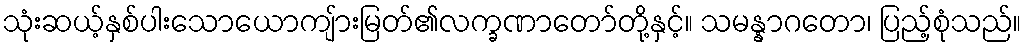
သုံးဆယ့်နှစ်ပါးသောယောကျ်ားမြတ်၏လက္ခဏာတော်တို့နှင့်။ သမန္နာဂတော၊ ပြည့်စုံသည်။